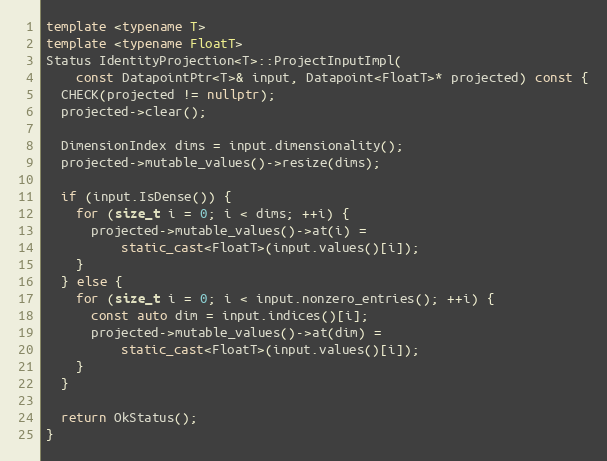
Language: C++
template <typename T>
template <typename FloatT>
Status IdentityProjection<T>::ProjectInputImpl(
    const DatapointPtr<T>& input, Datapoint<FloatT>* projected) const {
  CHECK(projected != nullptr);
  projected->clear();

  DimensionIndex dims = input.dimensionality();
  projected->mutable_values()->resize(dims);

  if (input.IsDense()) {
    for (size_t i = 0; i < dims; ++i) {
      projected->mutable_values()->at(i) =
          static_cast<FloatT>(input.values()[i]);
    }
  } else {
    for (size_t i = 0; i < input.nonzero_entries(); ++i) {
      const auto dim = input.indices()[i];
      projected->mutable_values()->at(dim) =
          static_cast<FloatT>(input.values()[i]);
    }
  }

  return OkStatus();
}